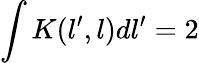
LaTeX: \int K(l^{\prime},l)dl^{\prime}=2